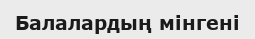
Балалардың мiнгенi